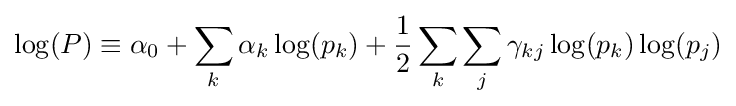
\log(P)\equiv \alpha _{0}+\sum _{k}\alpha _{k}\log(p_{k})+{\frac {1}{2}}\sum _{k}\sum _{j}\gamma _{kj}\log(p_{k})\log(p_{j})